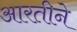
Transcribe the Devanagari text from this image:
आरतीने